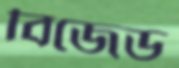
বিজেড